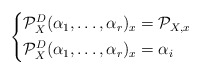
\begin{align*}\left \{ \begin{aligned} \mathcal P_X^D(\alpha_1, \dots, \alpha_r)_x &= \mathcal P_{X, x} & \\ \mathcal P_X^D(\alpha_1, \dots, \alpha_r)_x &= \alpha_i & \end{aligned} \right.\end{align*}